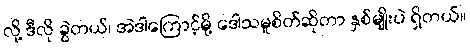
လို့ ဒီလို ခွဲတယ်၊ အဲဒါကြောင့်မို့ ဒေါသမူစိတ်ဆိုတာ နှစ်မျိုးပဲ ရှိတယ်။